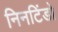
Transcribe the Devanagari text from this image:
निनटिंडो